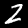
Label: 2